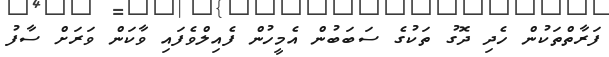
ފަރާތްތަކުން ހެދި ދޮގު ތަކުގެ ސަބަބުން އެމީހުން ފެއިލްވެފައި ވާކަން ވަރަށް ސާފު